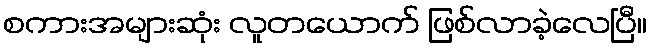
စကားအများဆုံး လူတယောက် ဖြစ်လာခဲ့လေပြီ။